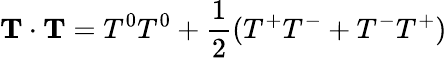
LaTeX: {\mathbf T}\cdot{\mathbf T}=T^{0}T^{0}+\frac{1}{2}(T^{+}T^{-}+T^{-}T^{+})